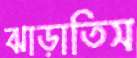
ঝাড়াতিস